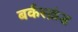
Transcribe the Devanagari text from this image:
बर्कस्क्रंड